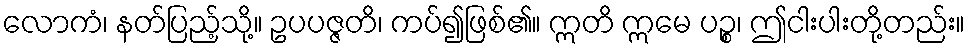
လောကံ၊ နတ်ပြည့်သို့။ ဥပပဇ္ဇတိ၊ ကပ်၍ဖြစ်၏။ ဣတိ ဣမေ ပဉ္စ၊ ဤငါးပါးတို့တည်း။